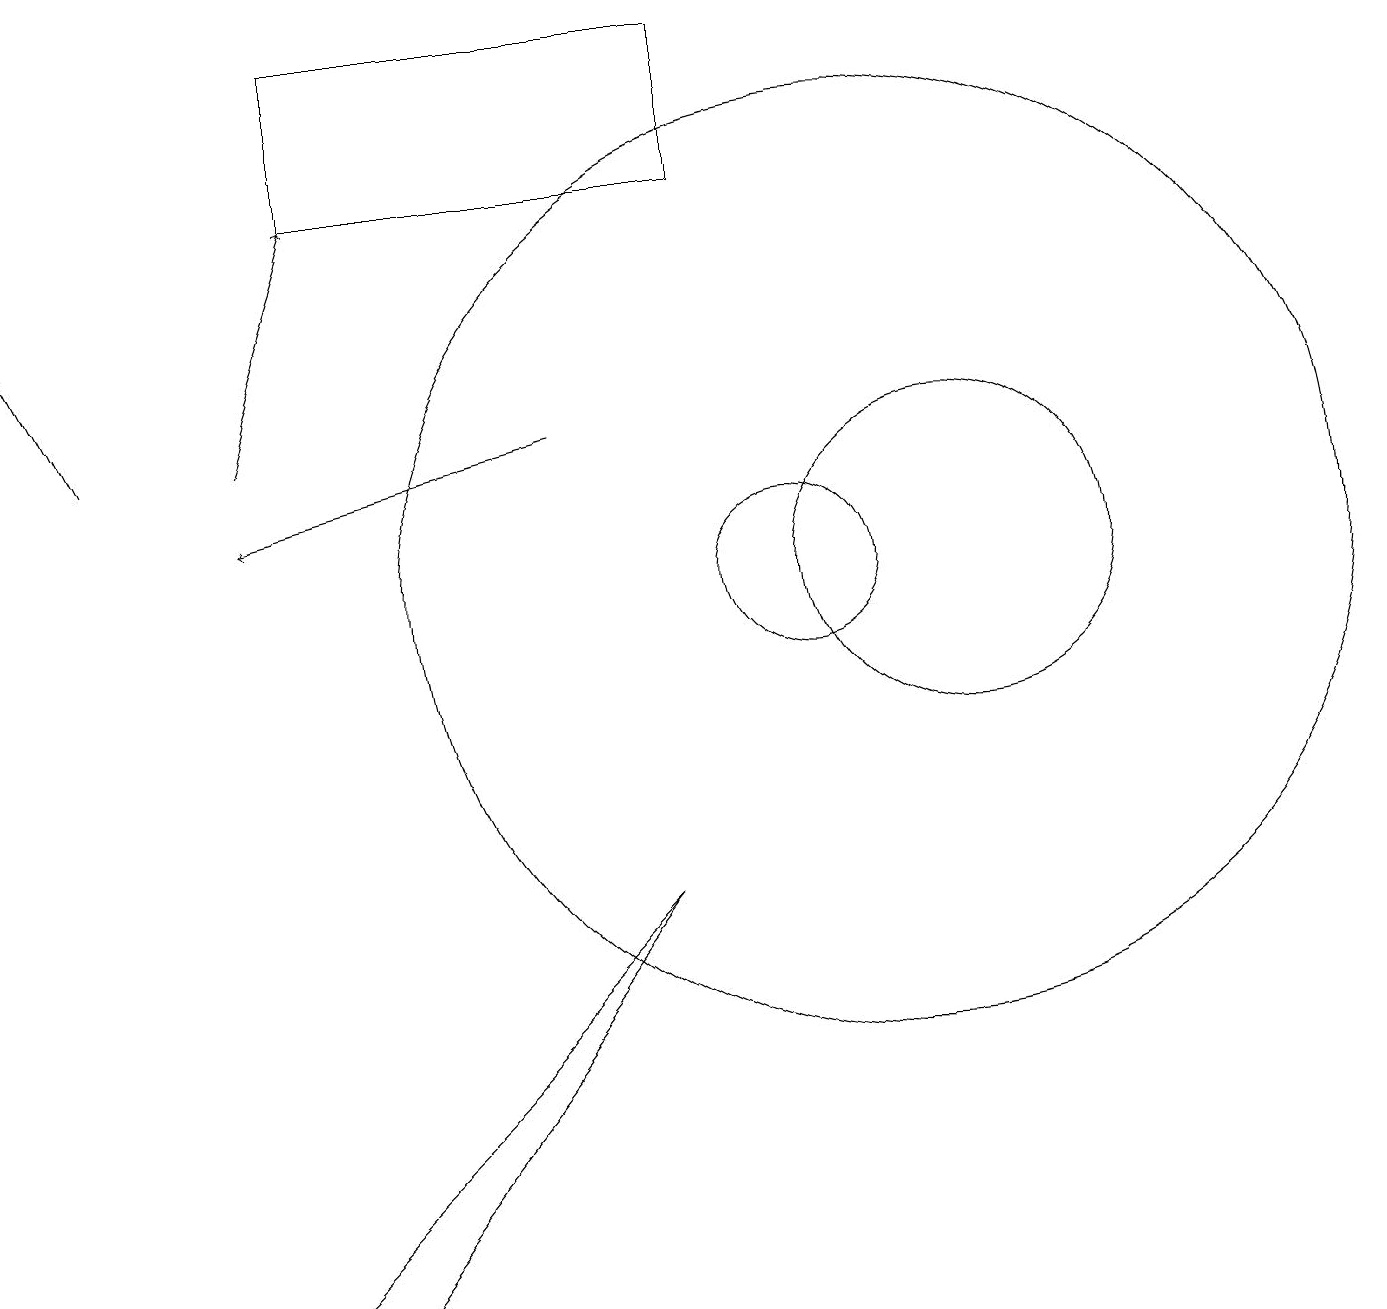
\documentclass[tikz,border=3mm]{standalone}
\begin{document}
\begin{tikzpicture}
\draw (9,18) rectangle (4,16);
\draw[->] (1,13) -- (0,15);
\draw (11,11) circle (6);
\draw (10,11) circle (1);
\draw[->] (7,13) -- (3,12);
\draw (12,11) circle (2);
\draw (4,2) -- (8,7) -- (3,2) -- cycle;
\draw[->] (3,13) -- (4,16);
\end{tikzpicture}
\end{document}